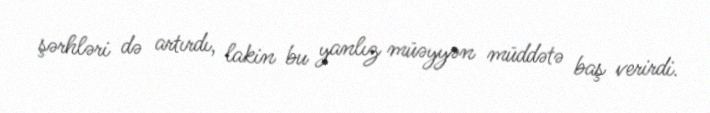
şərhləri də artırdı, lakin bu yanlız müəyyən müddətə baş verirdi.